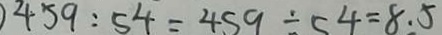
4 5 9 : 5 4 = 4 5 9 \div 5 4 = 8 . 5